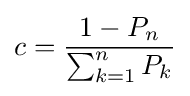
c={\frac {1-P_{n}}{\sum _{k=1}^{n}P_{k}}}